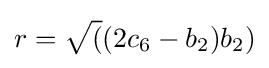
r={\sqrt {(}}(2c_{6}-b_{2})b_{2})